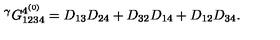
{ } ^ { \gamma } G _ { 1 2 3 4 } ^ { { 4 } ^ { ( 0 ) } } = D _ { 1 3 } D _ { 2 4 } + D _ { 3 2 } D _ { 1 4 } + D _ { 1 2 } D _ { 3 4 } .